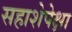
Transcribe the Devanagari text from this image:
सहाशेपेक्षा